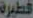
فطيرة